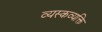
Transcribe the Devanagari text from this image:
व्यस्कव्यक्ति